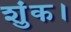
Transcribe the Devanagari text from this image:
शुंक।